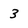
Character: 3